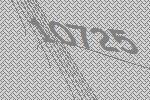
10725